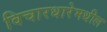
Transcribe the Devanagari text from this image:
विचारधारेमधील